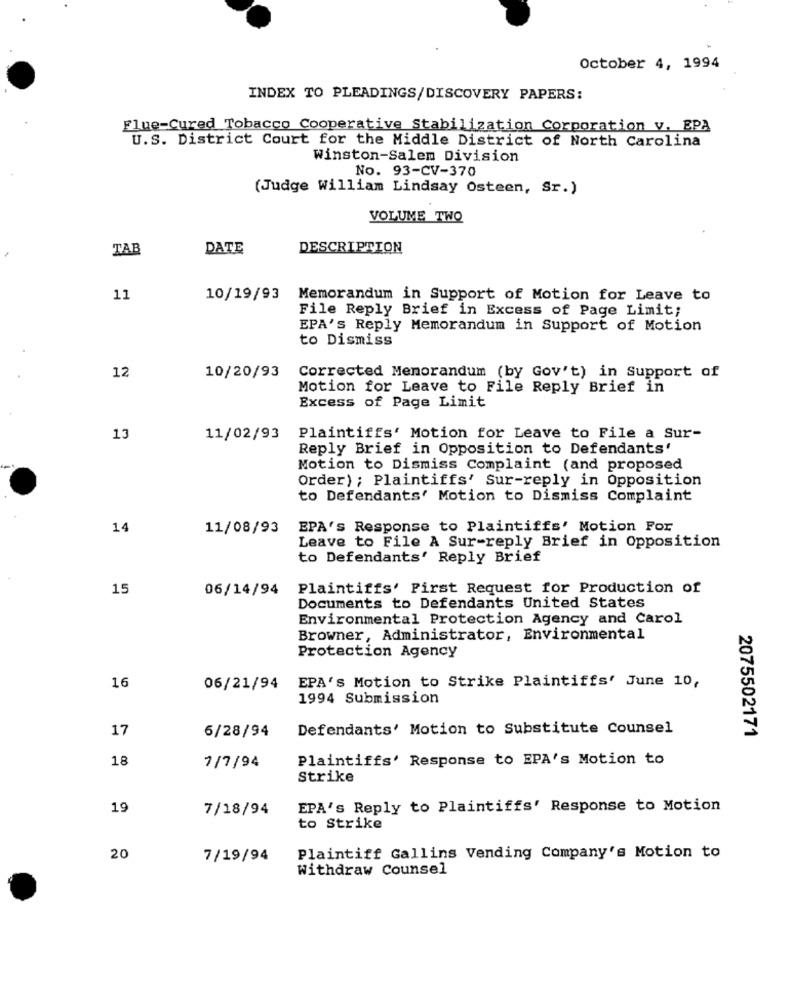
October 4, 1994
INDEX TO PLEADINGS/DISCOVERY PAPERS:
Flue-Cured Tobacco Cooperative Stabilization Corporation v. EPA
U.S. District Court for the Middle District of North Carolina
Winston-Salem Division
No. 93-CV-370
(Judge William Lindsay Osteen, Sr.)
VOLUME TWO
TAB
DATE
DESCRIPTION
11
10/19/93
Memorandum in Support of Motion for Leave to
File Reply Brief in Excess of Page Limit;
EPA's Reply Memorandum in Support of Motion
to Dismiss
12
10/20/93
Corrected Memorandum (by Gov't) in Support of
Motion for Leave to File Reply Brief in
Excess of Page Limit
13
11/02/93
Plaintiffs' Motion for Leave to File a Sur-
Reply Brief in Opposition to Defendants'
Motion to Dismiss Complaint (and proposed
Order) ; Plaintiffs' Sur-reply in Opposition
to Defendants' Motion to Dismiss Complaint
14
11/08/93
EPA's Response to Plaintiffs' Motion For
Leave to File A Sur-reply Brief in Opposition
to Defendants' Reply Brief
15
06/14/94 Plaintiffs' First Request for Production of
Documents to Defendants United States
Environmental Protection Agency and Carol
Browner, Administrator, Environmental
Protection Agency
16
06/21/94
EPA's Motion to Strike Plaintiffs' June 10,
1994 Submission
17
Defendants' Motion to Substitute Counsel
2075502171
6/28/94
18
Plaintiffs' Response to EPA's Motion to
7/7/94
Strike
19
7/18/94
EPA's Reply to Plaintiffs' Response to Motion
to Strike
20
7/19/94
Plaintiff Gallins Vending Company's Motion to
Withdraw Counsel